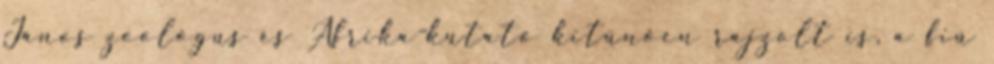
János zoológus és Afrika-kutató kitűnően rajzolt is, a fiú